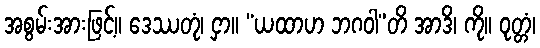
အစွမ်းအားဖြင့်။ ဒေဿတုံ၊ ငှာ။ “ယထာဟ ဘဂဝါ”တိ အာဒိ၊ ကို။ ဝုတ္တံ၊